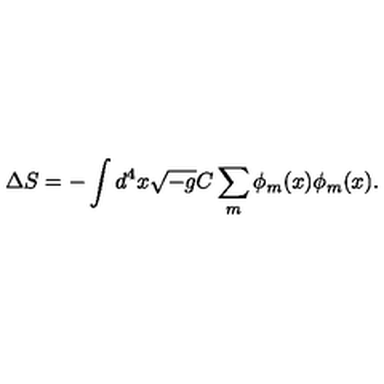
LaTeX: \Delta S = - \int d ^ { 4 } x \sqrt { - g } C \sum _ { m } \phi _ { m } ( x ) \phi _ { m } ( x ) .